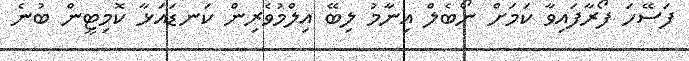
ފަސޭހަ ފޯރާފައިވާ ކަމަށް ނޯބެލް އިނާމު ލިބޭ އިލްމުވެރިން ކަނޑައަޅާ ކޮމިޓީން ބުނެ